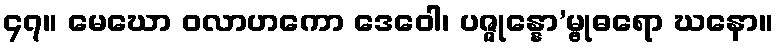
၄၇။ မေဃော ဝလာဟကော ဒေဝေါ၊ ပဇ္ဇုန္နော’မ္ဗုဓရော ဃနော။